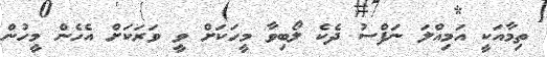
ތިމާއަކީ އަމިއްލަ ނަފްސު ދެކެ ލޯބިވާ މީހަކަށް ވީ ވަރަކަށް އެހެން މީހުން